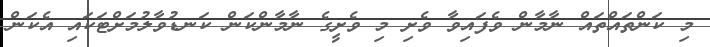
މި ކަންތައްތައް ނާމާން ވެފައިވާ ވެށި މި ވެށީގެ ނާމާންކަން ކަނޑުވާލުމަށްޓަކައި އެކަން